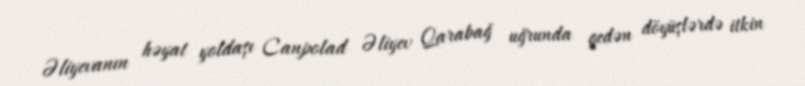
Əliyevanın həyat yoldaşı Canpolad Əliyev Qarabağ uğrunda gedən döyüşlərdə itkin